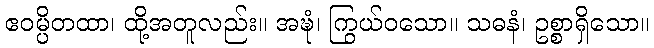
ဧဝမ္ပိတထာ၊ ထို့အတူလည်း။ အဍ္ဎံ၊ ကြွယ်ဝသော။ သဓနံ၊ ဥစ္စာရှိသော။